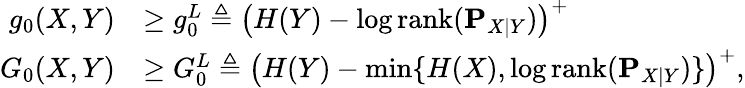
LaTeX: \begin{array}{rl}{g_{0}(X,Y)}&{\geq g_{0}^{L}\triangleq\left(H(Y)-\log\textnormal{rank}(\mathbf{P}_{X|Y})\right)^{+}}\\ {G_{0}(X,Y)}&{\geq G_{0}^{L}\triangleq\left(H(Y)-\operatorname*{min}\{ H(X),\log\textnormal{rank}(\mathbf{P}_{X|Y})\} \right)^{+},}\end{array}